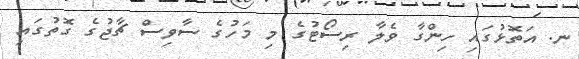
ނ. އަތޮޅުގައި ހިންގާ ވެލާ ރިސޯޓުގެ މި މަހުގެ ސާވިސް ޗާޖުގެ ގޮތުގައި